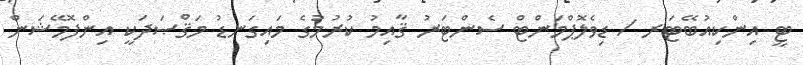
ޓީ އިންކިއުބޭޓަރ / ޑިވެލޮޕްމަންޓް ސެންޓަރު ޤާއިމު ކުރުމުގެ މައިގަނޑު މަޤްޞަދަކީ އިންފޮމޭޝަން